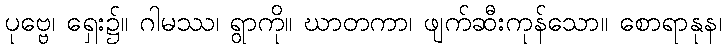
ပုဗ္ဗေ၊ ရှေး၌။ ဂါမဿ၊ ရွာကို။ ဃာတကာ၊ ဖျက်ဆီးကုန်သော။ စောရာနုန၊